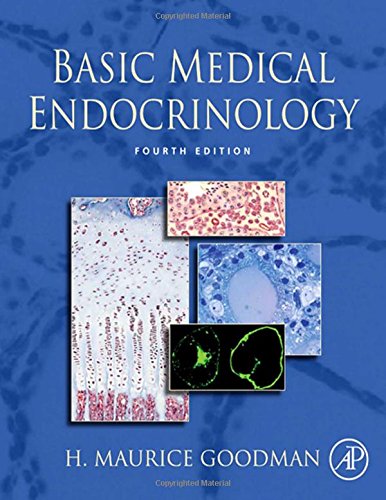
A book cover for Basic Medical Endocrinology, Fourth Edition; H. Maurice Goodman; Medical Books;